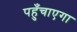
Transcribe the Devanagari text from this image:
पहुँचाएगा